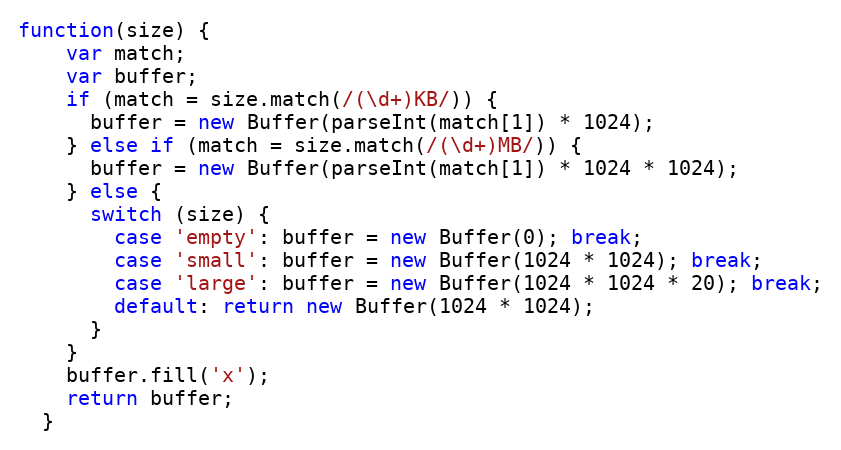
Language: JavaScript
function(size) {
    var match;
    var buffer;
    if (match = size.match(/(\d+)KB/)) {
      buffer = new Buffer(parseInt(match[1]) * 1024);
    } else if (match = size.match(/(\d+)MB/)) {
      buffer = new Buffer(parseInt(match[1]) * 1024 * 1024);
    } else {
      switch (size) {
        case 'empty': buffer = new Buffer(0); break;
        case 'small': buffer = new Buffer(1024 * 1024); break;
        case 'large': buffer = new Buffer(1024 * 1024 * 20); break;
        default: return new Buffer(1024 * 1024);
      }
    }
    buffer.fill('x');
    return buffer;
  }